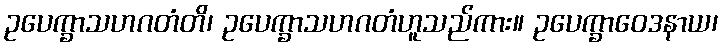
ဥပေက္ခာသဟဂတံတိ၊ ဥပေက္ခာသဟဂတံဟူသည်ကား။ ဥပေက္ခာဝေဒနာယ၊